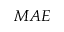
M A E